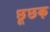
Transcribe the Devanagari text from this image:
छूछक